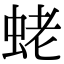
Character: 蛯